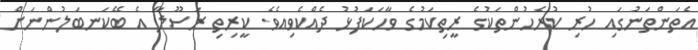
އެތަންތަނުގައި ހުރި ކުރެހުންތަކުގެ ރީތިކަމުގެ ވާހަކަފުޅު ދެއްކެވިއެވެ. ކީރިތި ރަސޫލާ އެ ބޭކަނބަލުންނަށް